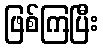
ဖြစ်ကြပြီး